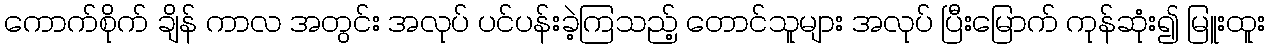
ကောက်စိုက် ချိန် ကာလ အတွင်း အလုပ် ပင်ပန်းခဲ့ကြသည့် တောင်သူများ အလုပ် ပြီးမြောက် ကုန်ဆုံး၍ မြူးထူး